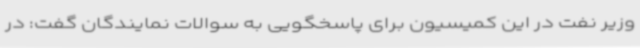
وزیر نفت در این کمیسیون برای پاسخگویی به سوالات نمایندگان گفت: در